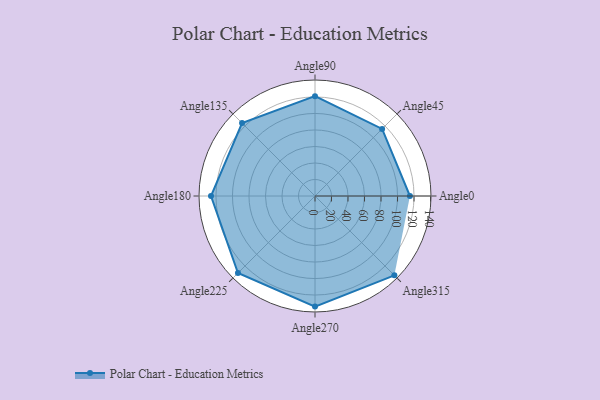
{"axis": {"x": "Angle", "y": "Radius"}, "legend": [""], "data": [{"x": "Angle0", "y": 115.0, "type": ""}, {"x": "Angle45", "y": 115.0, "type": ""}, {"x": "Angle90", "y": 121.0, "type": ""}, {"x": "Angle135", "y": 125.0, "type": ""}, {"x": "Angle180", "y": 126.0, "type": ""}, {"x": "Angle225", "y": 132.0, "type": ""}, {"x": "Angle270", "y": 134.0, "type": ""}, {"x": "Angle315", "y": 136.0, "type": ""}]}